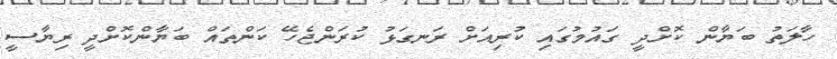
ހާލަތު ބަޔާން ކޮށްދީ ގައުމުގައި ކުރިއަށް ރަނގަޅު ކުރަންޖެހޭ ކަންތައް ބަޔާންކޮށްދީ ރިޔާސީ